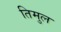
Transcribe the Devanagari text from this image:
तिमुल